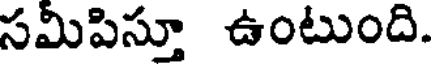
సమిపిస్తూ ఉంటుంది.